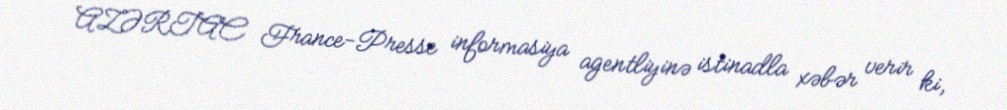
AZƏRTAC France-Presse informasiya agentliyinə istinadla xəbər verir ki,